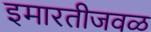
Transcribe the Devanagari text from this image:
इमारतीजवळ